Report of the veterinary officer investigating camel disease
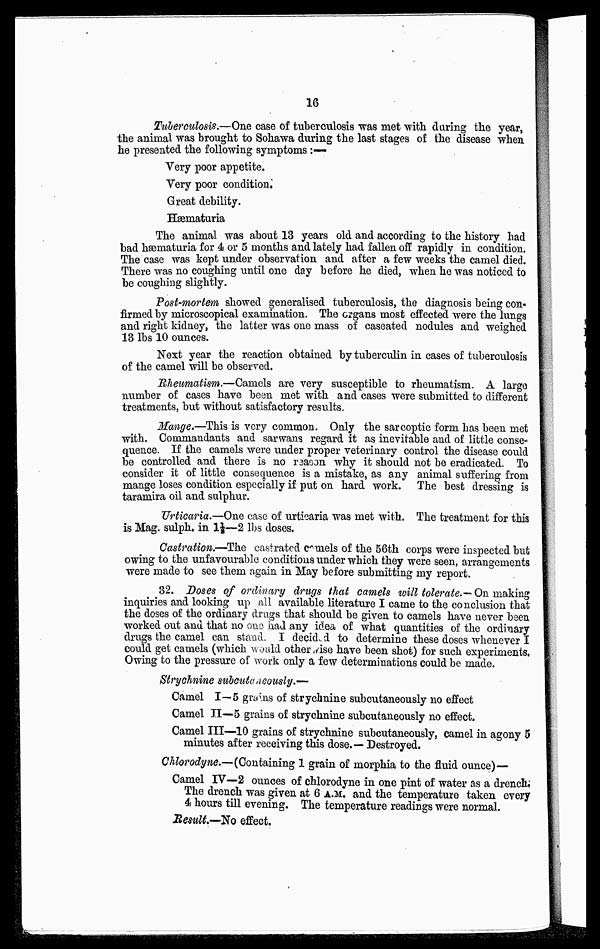
16
Tuberculosis.—One case of tuberculosis was met with during the year,
the animal was brought to Sohawa during the last stages of the disease when
he presented the following symptoms :—
Very poor appetite.
Very poor condition.
Great debility.
Hæmaturia
The animal was about 13 years old and according to the history had
bad hæmaturia for 4 or 5 months and lately had fallen off rapidly in condition.
The case was kept under observation and after a few weeks the camel died.
There was no coughing until one day before he died, when he was noticed to
be coughing slightly.
Post-mortem showed generalised tuberculosis, the diagnosis being con
firmed by microscopical examination. The organs most effected were the lungs
and right kidney, the latter was one mass of caseated nodules and weighed
13 lbs 10 ounces.
Next year the reaction obtained by tuberculin in cases of tuberculosis
of the camel will be observed.
Rheumatism.—Camels are very susceptible to rheumatism. A large
number of cases have been met with and cases were submitted to different
treatments, but without satisfactory results.
Mange,—This is very common. Only the sarcoptic form has been met
with. Commandants and sarwans regard it as inevitable and of little conse
quence. If the camels were under proper veterinary control the disease could
be controlled and there is no reason why it should not be eradicated. To
consider it of little consequence is a mistake, as any animal suffering from
mange loses condition especially if put on hard work. The best dressing is
taramira oil and sulphur.
Urticaria.—One case of urticaria was met with. The treatment for this
is Mag. sulph. in 1⅛—2 lbs doses.
Castration.—The castrated camels of the 56th corps were inspected but
owing to the unfavourable conditions under which they were seen, arrangements
were made to see them again in May before submitting my report.
32. Doses of ordinary drugs that camels will tolerate.— On making
inquiries and looking up all available literature I came to the conclusion that
the doses of the ordinary drugs that should be given to camels have never been
worked out and that no one had any idea of what quantities of the ordinary
drugs the camel can stand. I decided to determine these doses whenever I
could get camels (which would other wise have been shot) for such experiments,
Owing to the pressure of work only a few determinations could be made.
Strychnine subcutoaeously.—
Camel I—5 grains of strychnine subcutaneously no effect
Camel II—5 grains of strychnine subcutaneously no effect.
Camel III—10 grains of strychnine subcutaneously, camel in agony 5
minutes after receiving this dose.— Destroyed,
Chlorodyne.—(Containing 1 grain of morphia to the fluid ounce)—
Camel IV—2 ounces of chlorodyne in one pint of water as a drench;
The drench was given at 6 A.M. and the temperature taken every
4 hours till evening. The temperature readings were normal.
Result— No effect.